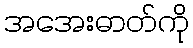
အအေးဓာတ်ကို